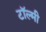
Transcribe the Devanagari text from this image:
टॉल्मी